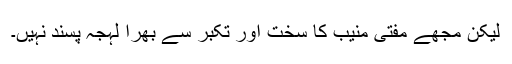
لیکن مجھے مفتی منیب کا سخت اور تکبر سے بھرا لہجہ پسند نہیں۔